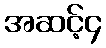
အဆင့်၄